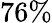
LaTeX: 76\%